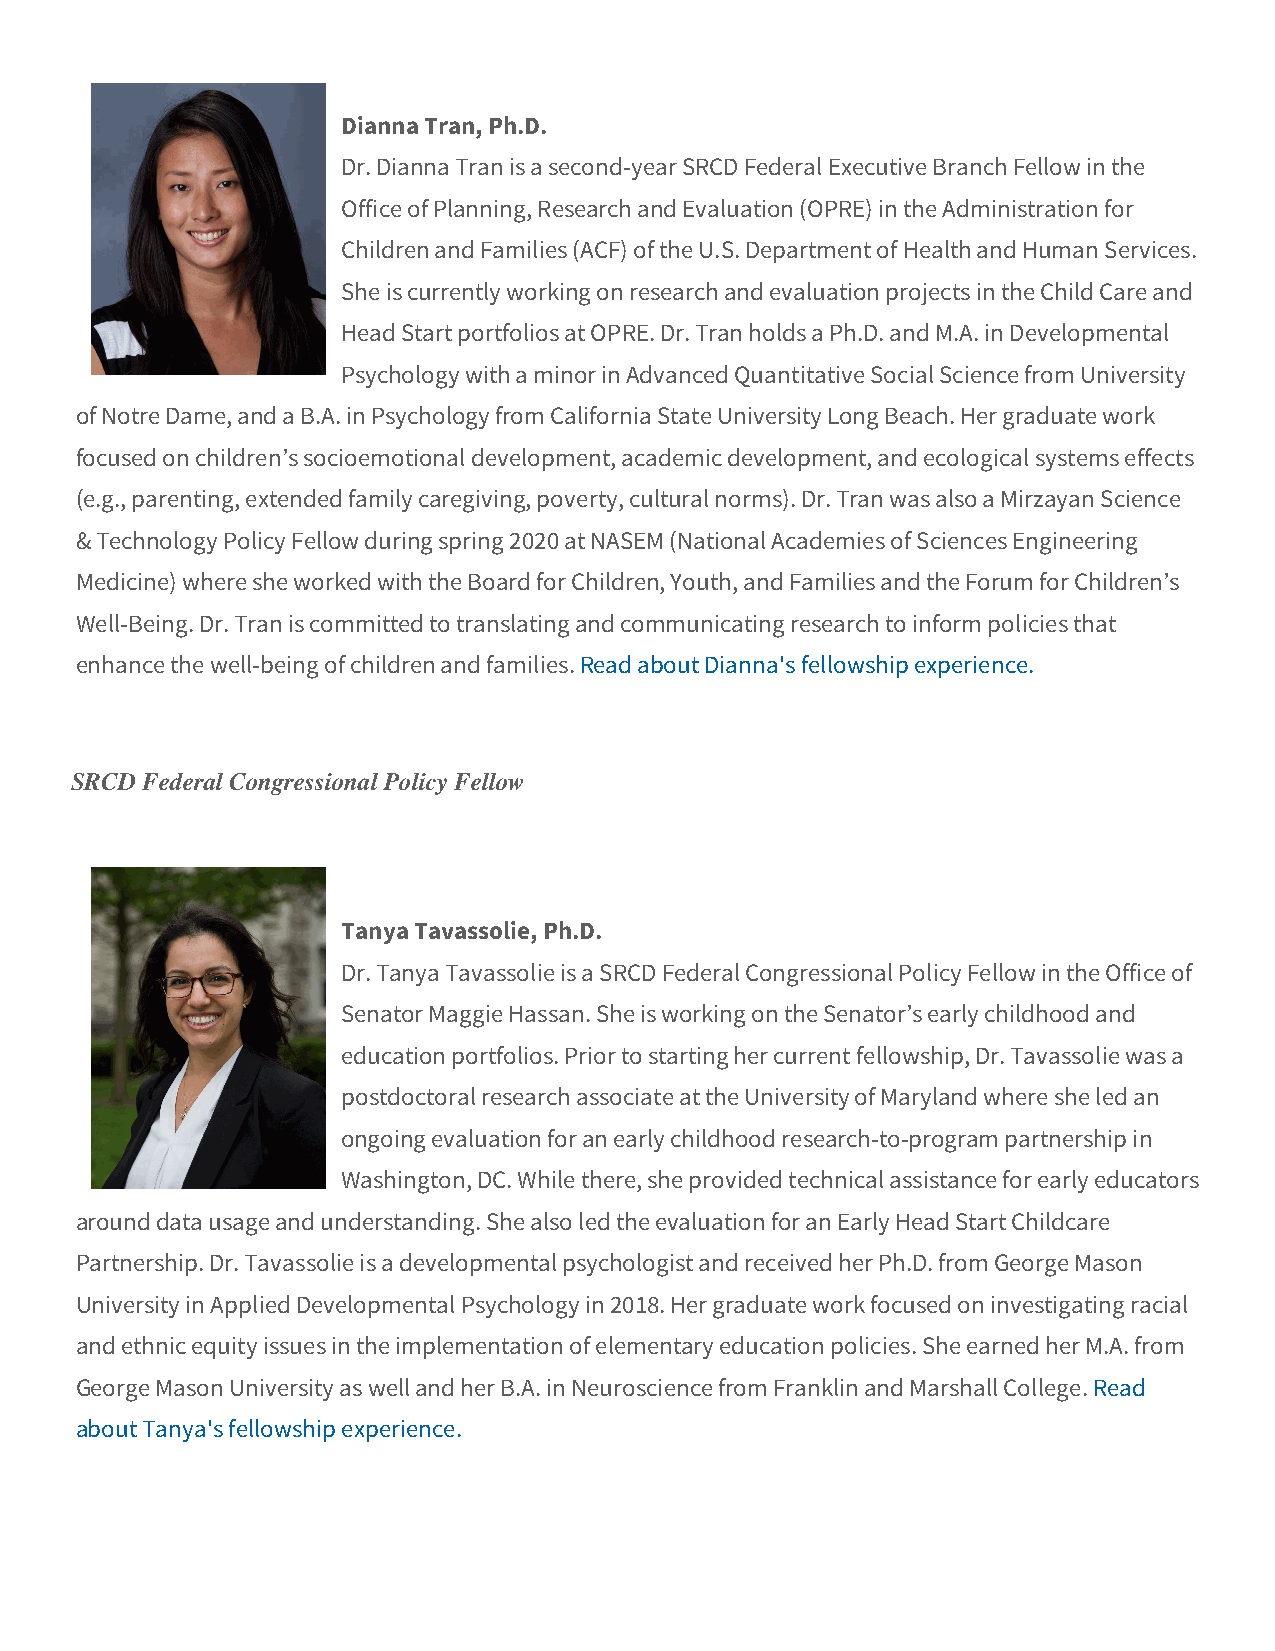
Dianna Tran, Ph.D.
 Dr. Dianna Tran is a second-year SRCD Federal Executive Branch Fellow in the
 Office of Planning, Research and Evaluation (OPRE) in the Administration for
 Children and Families (ACF) of the U.S. Department of Health and Human Services.
 She is currently working on research and evaluation projects in the Child Care and
 Head Start portfolios at OPRE. Dr. Tran holds a Ph.D. and M.A. in Developmental
 Psychology with a minor in Advanced Quantitative Social Science from University
 of Notre Dame, and a B.A. in Psychology from California State University Long Beach. Her graduate work
 focused on children’s socioemotional development, academic development, and ecological systems effects
 (e.g., parenting, extended family caregiving, poverty, cultural norms). Dr. Tran was also a Mirzayan Science
 & Technology Policy Fellow during spring 2020 at NASEM (National Academies of Sciences Engineering
 Medicine) where she worked with the Board for Children, Youth, and Families and the Forum for Children’s
 Well-Being. Dr. Tran is committed to translating and communicating research to inform policies that
 enhance the well-being of children and families. Read about Dianna's fellowship experience.
 SRCD Federal Congressional Policy Fellow
 Tanya Tavassolie, Ph.D.
 Dr. Tanya Tavassolie is a SRCD Federal Congressional Policy Fellow in the Office of
 Senator Maggie Hassan. She is working on the Senator’s early childhood and
 education portfolios. Prior to starting her current fellowship, Dr. Tavassolie was a
 postdoctoral research associate at the University of Maryland where she led an
 ongoing evaluation for an early childhood research-to-program partnership in
 Washington, DC. While there, she provided technical assistance for early educators
 around data usage and understanding. She also led the evaluation for an Early Head Start Childcare
 Partnership. Dr. Tavassolie is a developmental psychologist and received her Ph.D. from George Mason
 University in Applied Developmental Psychology in 2018. Her graduate work focused on investigating racial
 and ethnic equity issues in the implementation of elementary education policies. She earned her M.A. from
 George Mason University as well and her B.A. in Neuroscience from Franklin and Marshall College. Read
 about Tanya's fellowship experience.